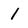
Character: 1